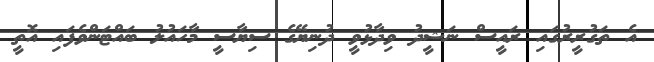
އެ ތަގުރީރުގައި ރައީސް ނަޝީދު ވިދާޅުވީ ދުނިޔޭގެ ސިޔާސީ މާހައުލު ބައްޓަންވެފައި އޮތީ